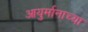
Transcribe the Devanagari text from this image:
आयुर्मानाच्या